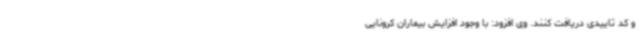
و کد تاییدی دریافت کنند. وی افزود: با وجود افزایش بیماران کرونایی